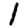
Digit: 1